Annual report of the Imperial Bacteriological Laboratory, Muktesar
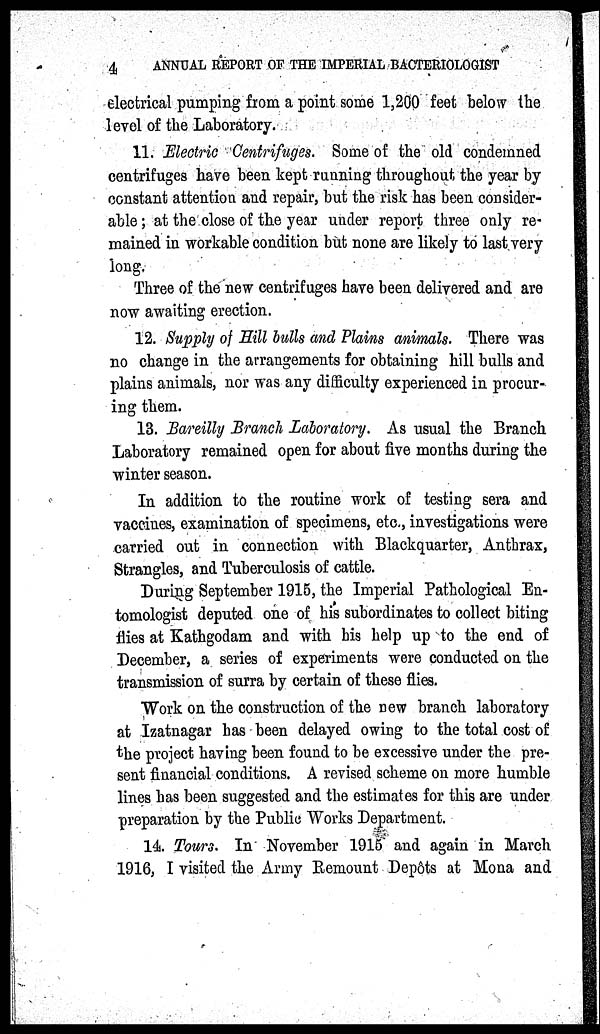
4
ANNUAL REPORT OF THE IMPERIAL BACTERIOLOGIST
electrical pumping from a point some 1,200 feet below the
level of the Laboratory.
11. Electric Centrifuges. Some of the old condemned
centrifuges have been kept running throughout the year by
constant attention and repair, but the risk has been consider-
able ; at the close of the year under report three only re-
mained in workable condition but none are likely to last very
long.
Three of the new centrifuges have been delivered and are
now awaiting erection.
12. Supply of Hill bulls and Plains animals. There was
no change in the arrangements for obtaining hill bulls and
plains animals, nor was any difficulty experienced in procur-
ing them.
13. Bareilly Branch Laboratory. As usual the Branch
Laboratory remained open for about five months during the
winter season.
In addition to the routine work of testing sera and
vaccines, examination of specimens, etc., investigations were
carried out in connection with Blackquarter, Anthrax,
Strangles, and Tuberculosis of cattle.
During September 1915, the Imperial Pathological En-
tomologist deputed one of his subordinates to collect biting
flies at Kathgodam and with his help up to the end of
December, a series of experiments were conducted on the
transmission of surra by certain of these flies.
Work on the construction of the new branch laboratory
at Izatnagar has been delayed owing to the total cost of
the project having been found to be excessive under the pre-
sent financial conditions. A revised scheme on more humble
lines has been suggested and the estimates for this are under
preparation by the Public Works Department.
14. Tours. In November 1915 and again in March
1916, I visited the Army Remount Depôts at Mona and